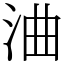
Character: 浀